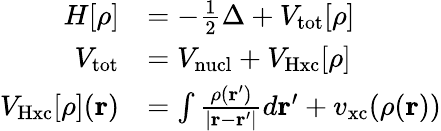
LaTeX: \begin{array}{rl}{H[\rho]}&{=-\frac 12\Delta+V_{\mathrm{tot}}[\rho]}\\ {V_{\mathrm{tot}}}&{=V_{\mathrm{nucl}}+V_{\mathrm{Hxc}}[\rho]}\\ {V_{\mathrm{Hxc}}[\rho](\mathbf r)}&{=\int\frac{\rho(\mathbf r^{\prime})}{|\mathbf r-\mathbf r^{\prime}|}d\mathbf r^{\prime}+v_{\mathrm{xc}}(\rho(\mathbf r))}\end{array}